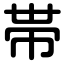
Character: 帯